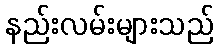
နည်းလမ်းများသည်